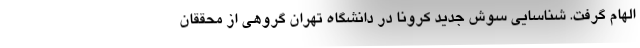
الهام گرفت. شناسایی سوش جدید کرونا در دانشگاه تهران گروهی از محققان